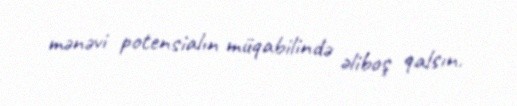
mənəvi potensialın müqabilində əliboş qalsın.